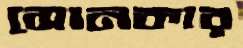
সোনকার